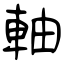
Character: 軸